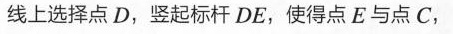
线上选择点D，竖起标杆DE，使得点E与点C，